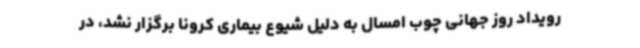
رویداد روز جهانی چوب امسال به دلیل شیوع بیماری کرونا برگزار نشد، در